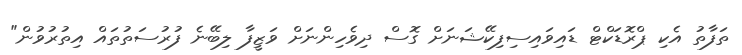
ތަފާތު އެކި ޕްރޮޑަކްޓް ޑައިވައިސިފިކޭޝަނަށް ގޮސް ދިވެހިންނަށް ވަޒީފާ ލިބޭނެ ފުރުސަތުތައް އިތުރުވުން"